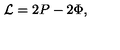
{ \cal L } = 2 P - 2 \Phi ,